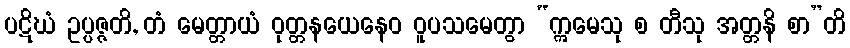
ပဋိဃံ ဥပ္ပဇ္ဇတိ, တံ မေတ္တာယံ ဝုတ္တနယေနေဝ ဝူပသမေတွာ “ဣမေသု စ တီသု အတ္တနိ စာ”တိ